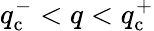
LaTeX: q_{\mathrm{c}}^{-}<q<q_{\mathrm{c}}^{+}